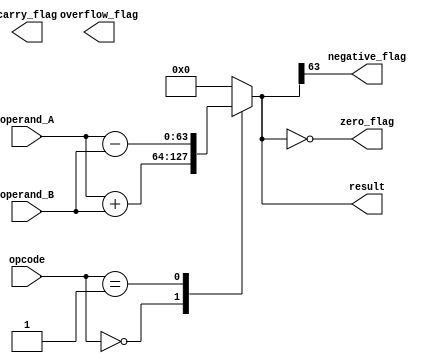
module ALU_64bit (
    input [63:0] operand_A,
    input [63:0] operand_B,
    input [2:0] opcode,
    output reg [63:0] result,
    output reg zero_flag,
    output reg negative_flag,
    output reg overflow_flag,
    output reg carry_flag
);

always @(*) begin
    case(opcode)
        3'b000: result = operand_A + operand_B; // Addition
        3'b001: result = operand_A - operand_B; // Subtraction
        // Add more cases for other operations such as bitwise AND, OR, and XOR, as well as shift and rotate operations
        default: result = 64'b0;
    endcase
    zero_flag = (result == 64'b0);
    negative_flag = (result[63] == 1);
    // Add logic to set overflow, carry flags based on the result of the operation
end

endmodule